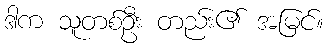
ဒါက သူတစ်ဦး တည်း၏ အမြင်။